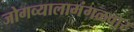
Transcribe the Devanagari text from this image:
जोगव्यालामंगळवार